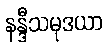
နန္ဒီသမုဒယာ